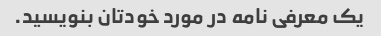
یک معرفی نامه در مورد خودتان بنویسید.